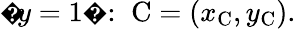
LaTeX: {\mathrm{�}}y=1{\mathrm{�}}:\; \mathrm{C}=(x_{\mathrm{C}},y_{\mathrm{C}}).